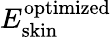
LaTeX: E_{\mathrm{skin}}^{\mathrm{optimized}}